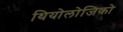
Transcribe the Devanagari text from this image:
थियोलोजिको